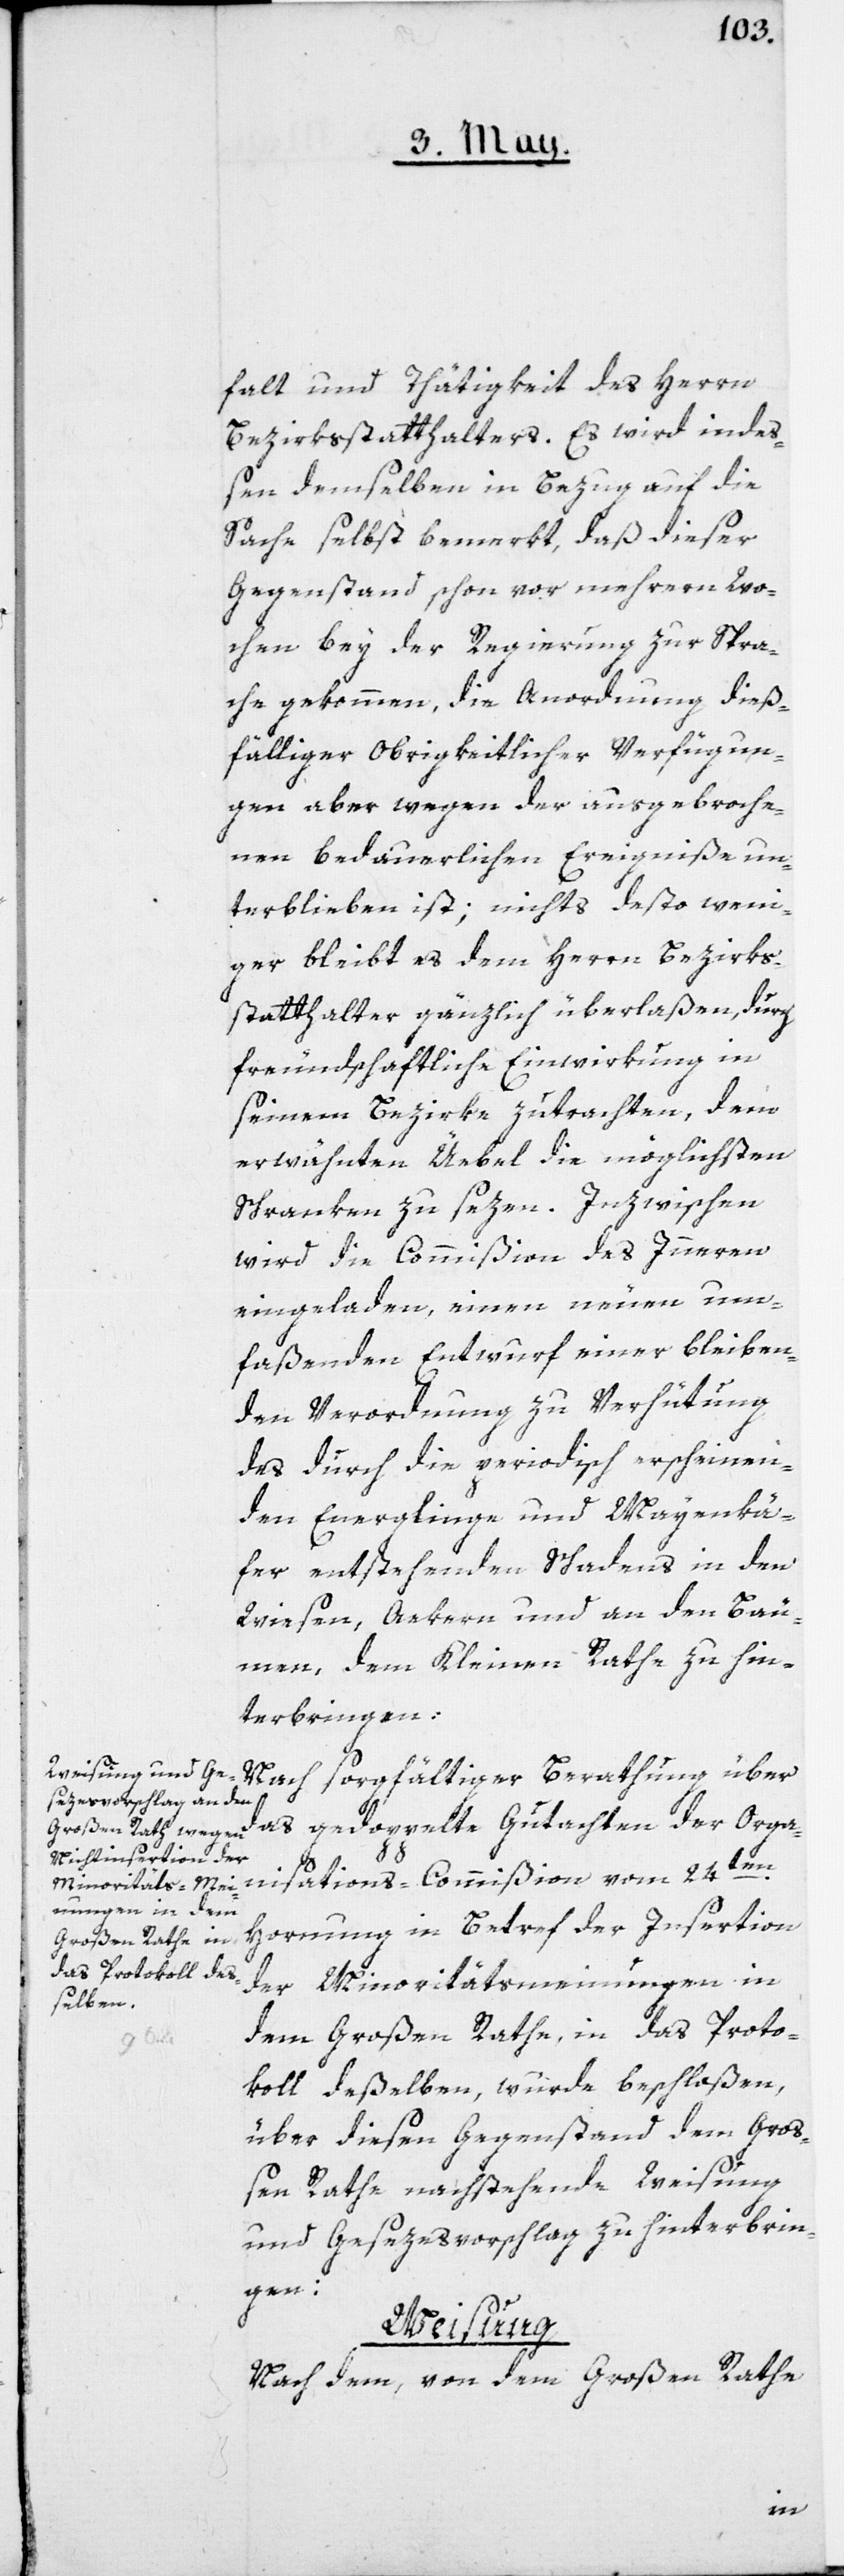
falt und Thätigkeit des Herrn
Bezirksstatthalters. Es wird indeß¬
en demselben in Bezug auf die
Sache selbst bemerkt, daß dieser
Gegenstand schon vor mehreren Wo¬
chen bey der Regierung zur Spra¬
che gekommen, die Anordnung dieß¬
fälliger Obrigkeitlicher Verfügun¬
gen aber wegen der ausgebroche¬
nen bedauerlichen Ereigniße un¬
terblieben ist; nichts desto weni¬
ger bleibt es dem Herrn Bezirks¬
statthalter gänzlich überlaßen, durch
freundschaftliche Einwirkung in
seinem Bezirke zutrachten, dem
erwähnten Üebel die möglichsten
Schranken zu sezen. Inzwischen
wird die Commißion des Innern
eingeladen, einen neuen um¬
faßenden Entwurf einer bleiben¬
den Verordnung zu Verhütung
des durch die periodisch erscheinen¬
den Engerlinge und Mayenkä¬
fer entstehenden Schadens in den
Wiesen, Aekern und an den Bäu¬
men, dem kleinen Rathe zu hin¬
terbringen.
Nach sorgfältiger Berathung über
das gedoppelte Gutachten der Orga¬
nisations-Commißion vom 24ten
Hornung in Betref der Insertion
der Minoritätsmeinungen in
dem Großen Rathe, in das Proto¬
koll deßelben, wurde beschloßen,
über diesen Gegenstand dem Gro¬
ßen Rathe nachstehende Weisung
und Gesezesvorschlag zu hinterbrin¬
gen:
Weisung.
Nach dem, von dem Großen Rathe